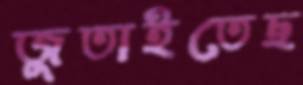
জুতাইতেছ